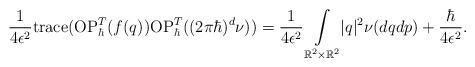
LaTeX: \begin{align*}\frac{1}{4\epsilon^{2}}\mathrm{trace}(\mathrm{OP}_{\hbar}^{T}(f(q))\mathrm{OP}_{\hbar}^{T}((2\pi\hbar)^{d}\nu))=\frac{1}{4\epsilon^{2}}\underset{\mathbb{R}^{2}\times\mathbb{R}^{2}}{\int}|q|^{2}\nu(dqdp)+\frac{\hbar}{4\epsilon^{2}}.\end{align*}